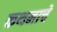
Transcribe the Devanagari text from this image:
कथनाचे